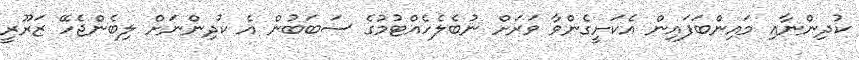
ކުދިންނާއި މައިންބަފައިން އެކަށީގެންވާ ވަރަށް ނުބެލެހެއްޓުމުގެ ސަބަބުން އެ ކުދިންނަށް ލިބެންޖެހޭ ޒަރޫރީ